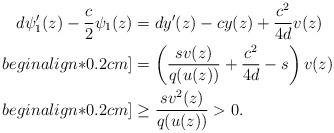
LaTeX: \begin{align*} d\psi_1'(z)-\frac{c}{2}\psi_1(z)&=dy'(z)-cy(z)+\frac{c^2}{4d}v(z)\\begin{align*}0.2cm] &=\left(\frac{sv(z)}{q(u(z))}+\frac{c^2}{4d}-s\right)v(z)\\begin{align*}0.2cm] &\geq\frac{sv^2(z)}{q(u(z))}>0.\end{align*}